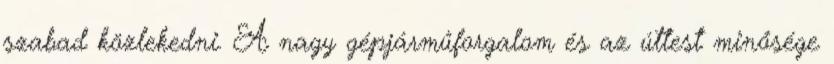
szabad közlekedni. A nagy gépjárműforgalom és az úttest minősége